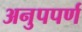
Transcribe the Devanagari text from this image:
अनुपपर्ण